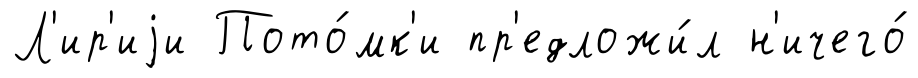
Л'ир'иjи Пото́мк'и пр'едложи́л н'ичего́